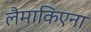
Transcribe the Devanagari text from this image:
लैमाकिएना